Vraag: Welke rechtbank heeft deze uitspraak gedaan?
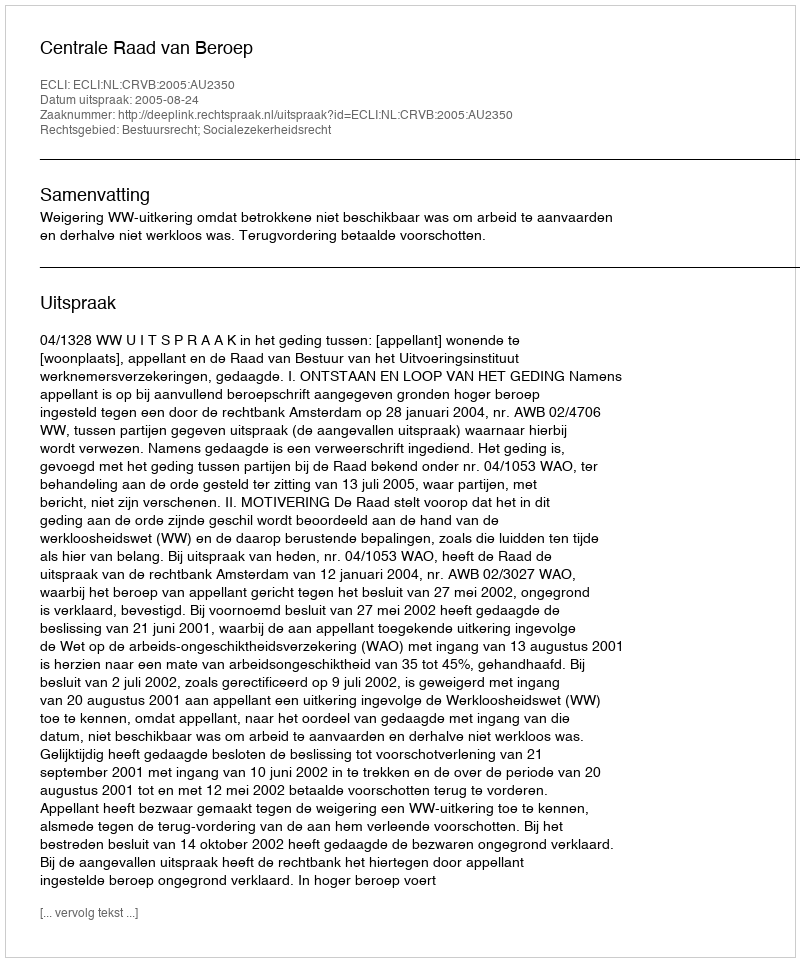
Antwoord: Centrale Raad van Beroep